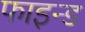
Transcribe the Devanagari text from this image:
फाइन्ड